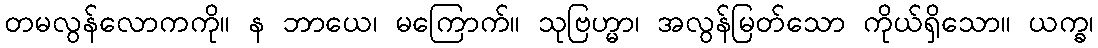
တမလွန်လောကကို။ န ဘာယေ၊ မကြောက်။ သုဗြဟ္မာ၊ အလွန်မြတ်သော ကိုယ်ရှိသော။ ယက္ခ၊